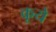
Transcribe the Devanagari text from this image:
कूये